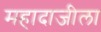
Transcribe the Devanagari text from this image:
महादाजीला